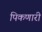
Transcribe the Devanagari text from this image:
पिकणारी